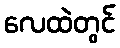
လေထဲတွင်